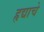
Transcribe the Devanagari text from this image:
हृद्याचे